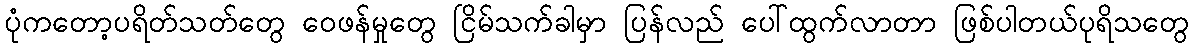
ပုံကတော့ပရိတ်သတ်တွေ ဝေဖန်မှုတွေ ငြိမ်သက်ခါမှာ ပြန်လည် ပေါ်ထွက်လာတာ ဖြစ်ပါတယ်ပုရိသတွေ